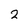
Character: 2